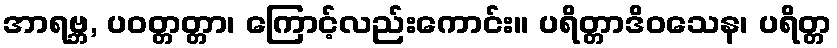
အာရဗ္ဘ, ပဝတ္တတ္တာ၊ ကြောင့်လည်းကောင်း။ ပရိတ္တာဒိဝသေန၊ ပရိတ္တ